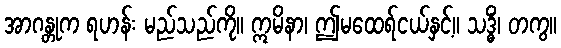
အာဂန္တုက ရဟန်း မည်သည်ကို။ ဣမိနာ၊ ဤမထေရ်ငယ်နှင့်။ သဒ္ဓိံ၊ တကွ။